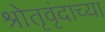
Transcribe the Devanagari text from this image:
श्रोतृवृंदाच्या